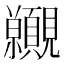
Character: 𧢪